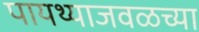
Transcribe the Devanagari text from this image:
पायथ्याजवळच्या